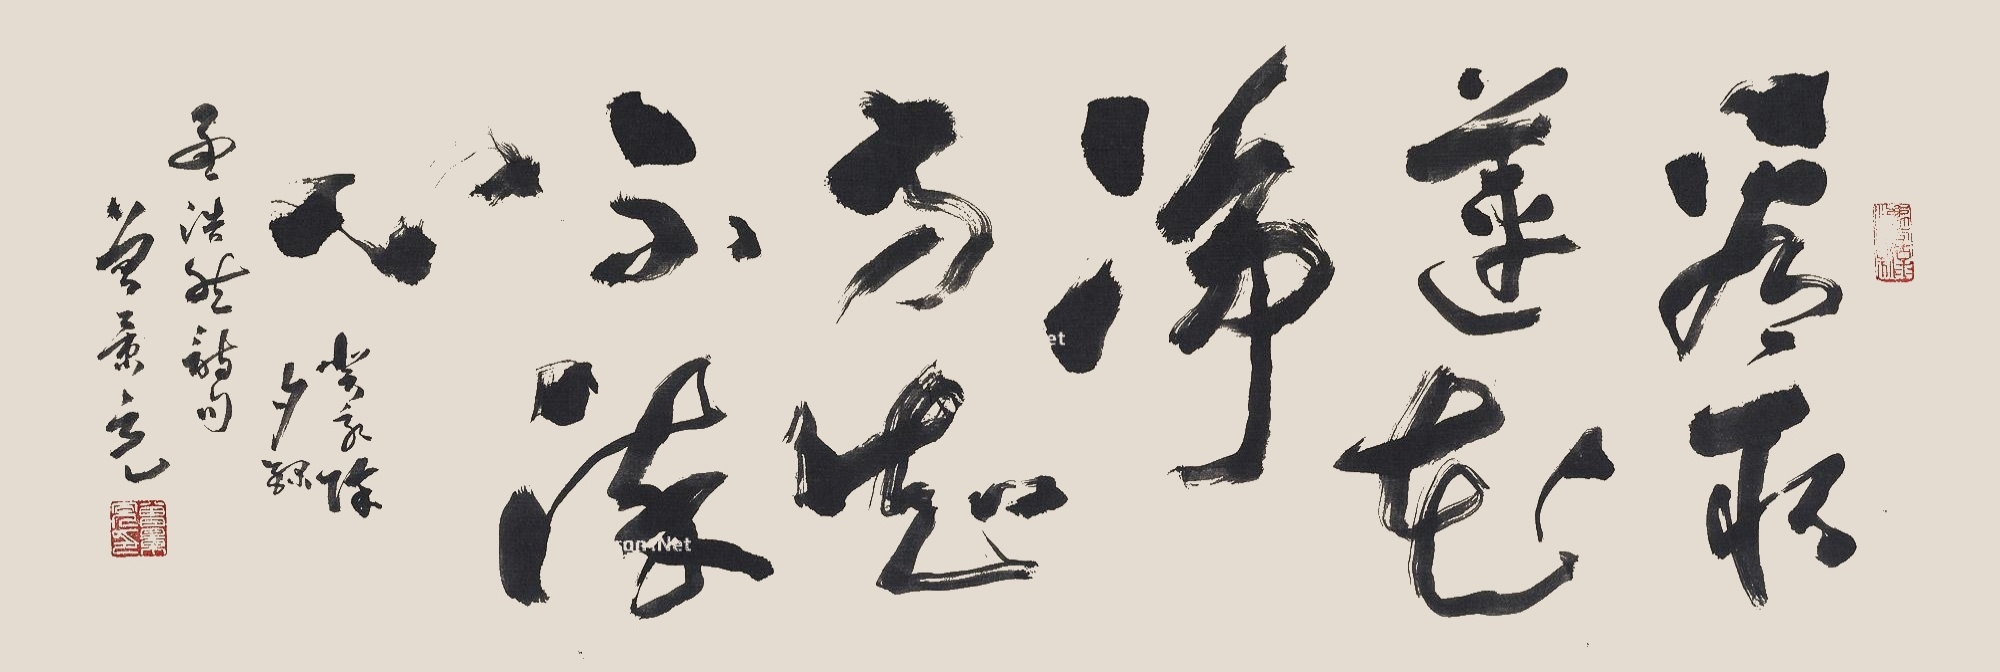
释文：看取莲花净，方知不染心。癸亥除夕，录孟浩然诗句。曾景充。